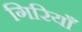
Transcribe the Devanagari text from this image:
गिरियाँ